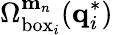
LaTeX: \Omega_{\mathrm{box}_{i}}^{\mathbf{m}_{n}}(\mathbf{q}_{i}^{*})